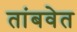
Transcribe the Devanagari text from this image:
तांबवेत